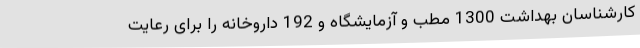
کارشناسان بهداشت 1300 مطب و آزمایشگاه و 192 داروخانه را برای رعایت